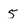
Character: 5